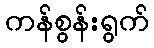
ကန်စွန်းရွက်